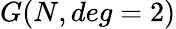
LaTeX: G(N,deg=2)